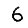
Digit: 6